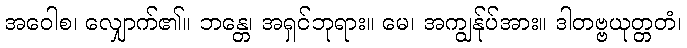
အဝေါစ၊ လျှောက်၏။ ဘန္တေ၊ အရှင်ဘုရား။ မေ၊ အကျွန်ုပ်အား။ ဒါတဗ္ဗယုတ္တတံ၊